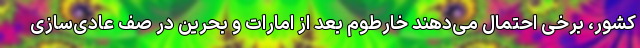
کشور، برخی احتمال می‌دهند خارطوم بعد از امارات و بحرین در صف عادی‌سازی